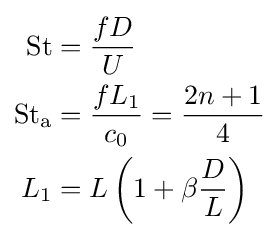
{\begin{aligned}{\text{St}}&={\frac {fD}{U}}\\{\text{St}}_{\text{a}}&={\frac {fL_{1}}{c_{0}}}={\frac {2n+1}{4}}\\L_{1}&=L\left(1+\beta {\frac {D}{L}}\right)\end{aligned}}